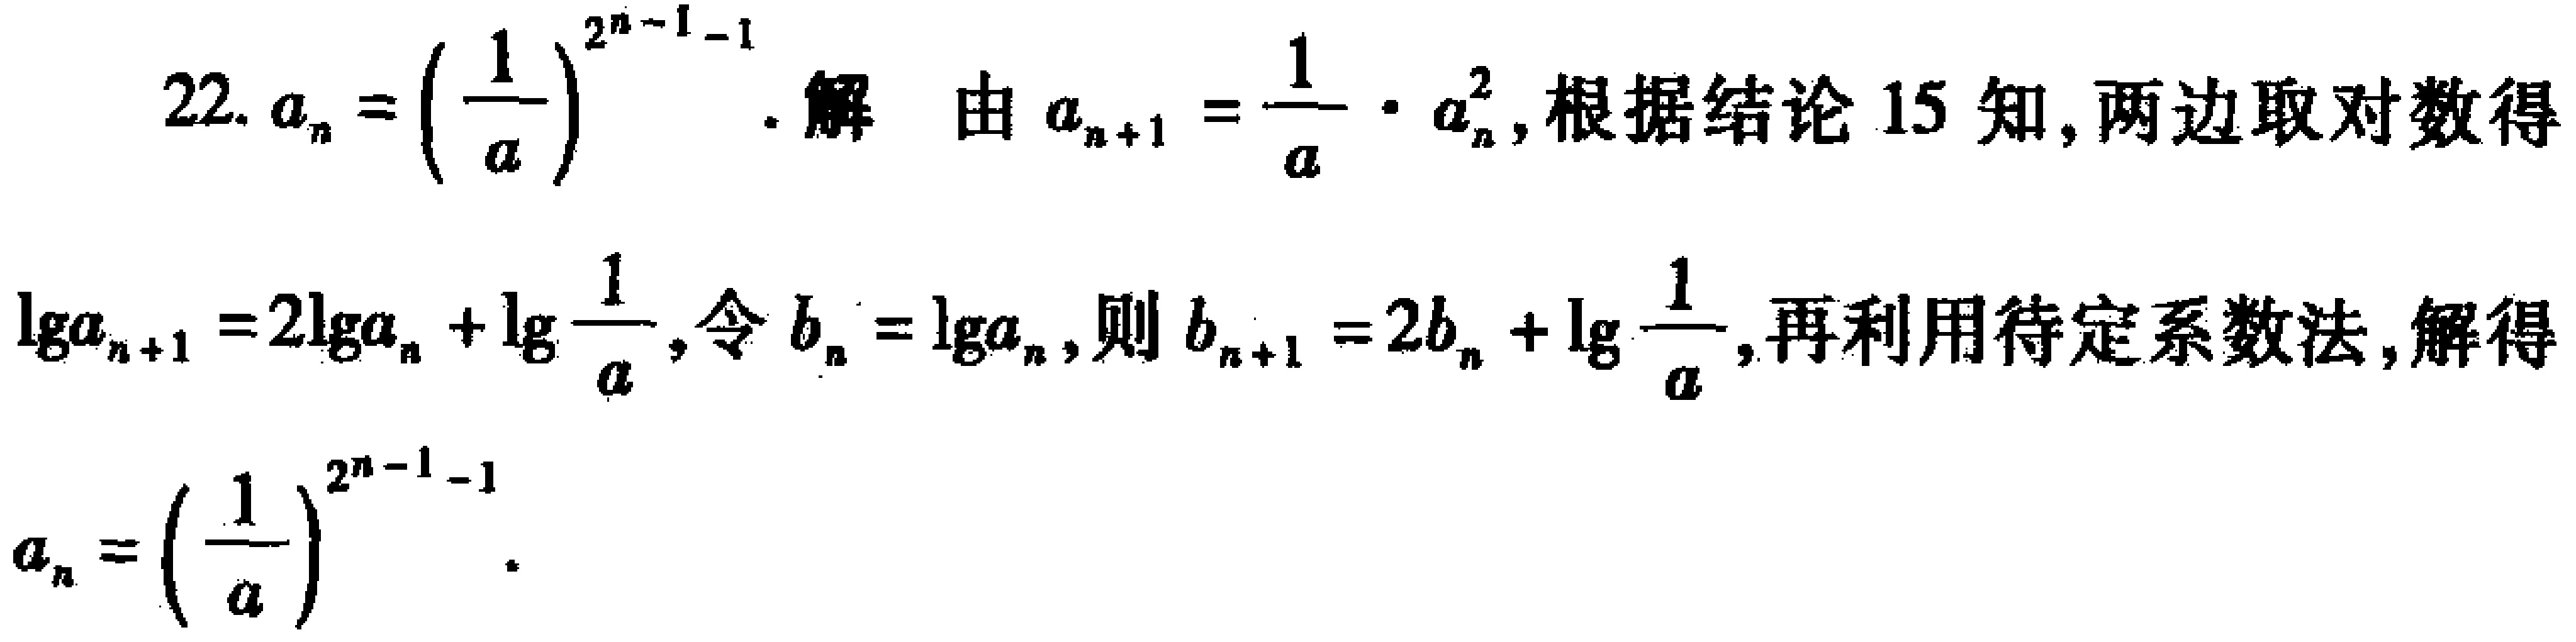
22. \(a_{n}=\left(\frac{1}{a}\right)^{2^{n - 1}-1}\). 解 由\(a_{n + 1}=\frac{1}{a}\cdot a_{n}^{2}\), 根据结论 15 知, 两边取对数得\(\lg a_{n + 1}=2\lg a_{n}+\lg\frac{1}{a}\), 令\(b_{n}=\lg a_{n}\), 则\(b_{n + 1}=2b_{n}+\lg\frac{1}{a}\), 再利用待定系数法, 解得\(a_{n}=\left(\frac{1}{a}\right)^{2^{n - 1}-1}\).